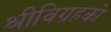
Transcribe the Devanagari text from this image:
श्रीविग्रहको